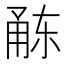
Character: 𭺻